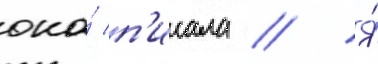
она́ п'исала // Я́